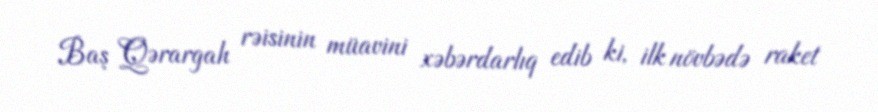
Baş Qərargah rəisinin müavini xəbərdarlıq edib ki, ilk növbədə raket